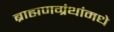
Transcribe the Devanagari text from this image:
ब्राह्मणग्रंथांमधे